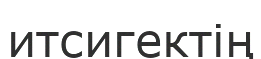
итсигектің